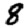
Digit: 8